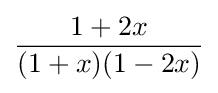
{\frac {1+2x}{(1+x)(1-2x)}}